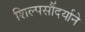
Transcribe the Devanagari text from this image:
शिल्पसौंदर्याने